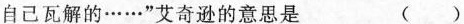
自己瓦解的······”艾奇逊的意思是 ()